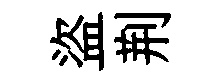
盜荆